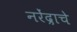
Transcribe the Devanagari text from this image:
नरेंद्राचे